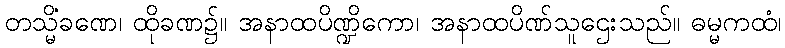
တသ္မိံခဏေ၊ ထိုခဏ၌။ အနာထပိဏ္ဍိကော၊ အနာထပိဏ်သူဌေးသည်။ ဓမ္မကထံ၊